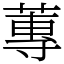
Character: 蓴